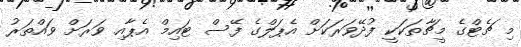
މި ޗެޓްގެ މީޗާތަކަކީ ފުދޭވަރަކަށް އެޕަލްގެ ފޭސް ޓައިމް އެޕާއި ވަރަށް ވައްތަރު